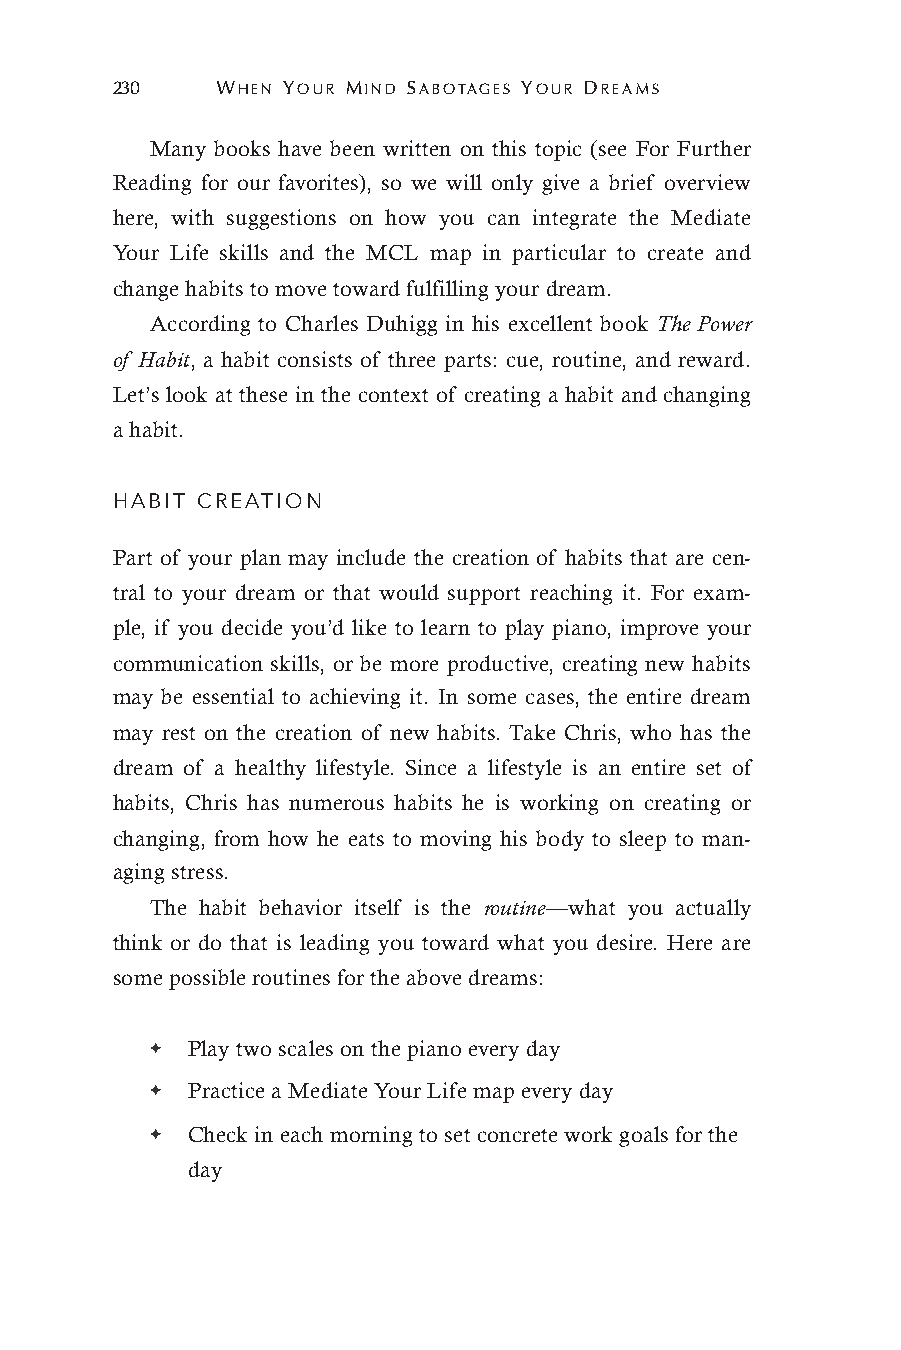
230    WHEN YOUR MIND SABOTAGES YOUR DREAMS
 Many books have been written on this topic (see For Further
 Reading for our favorites), so we will only give a brief overview
 here, with suggestions on how you can integrate the Mediate
 Your Life skills and the MCL map in particular to create and
 change habits to move toward fulfilling your dream.
 According to Charles Duhigg in his excellent book The Power
 of Habit, a habit consists of three parts: cue, routine, and reward.
 Let’s look at these in the context of creating a habit and changing
 a habit.
 HABIT CREATION
 Part of your plan may include the creation of habits that are cen-
 tral to your dream or that would support reaching it. For exam-
 ple, if you decide you’d like to learn to play piano, improve your
 communication skills, or be more productive, creating new habits
 may be essential to achieving it. In some cases, the entire dream
 may rest on the creation of new habits. Take Chris, who has the
 dream of a healthy lifestyle. Since a lifestyle is an entire set of
 habits, Chris has numerous habits he is working on creating or
 changing, from how he eats to moving his body to sleep to man-
 aging stress.
 The habit behavior itself is the routine—what you actually
 think or do that is leading you toward what you desire. Here are
 some possible routines for the above dreams:
 ✦ Play two scales on the piano every day
 ✦ Practice a Mediate Your Life map every day
 ✦ Check in each morning to set concrete work goals for the
 day